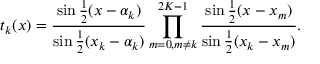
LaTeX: t _ { k } ( x ) = { \frac { \sin { \frac { 1 } { 2 } } ( x - \alpha _ { k } ) } { \sin { \frac { 1 } { 2 } } ( x _ { k } - \alpha _ { k } ) } } \prod _ { m = 0 , m \neq k } ^ { 2 K - 1 } { \frac { \sin { \frac { 1 } { 2 } } ( x - x _ { m } ) } { \sin { \frac { 1 } { 2 } } ( x _ { k } - x _ { m } ) } } .